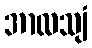
အာလသျံ